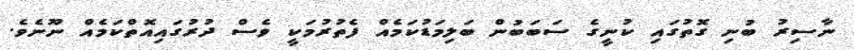
ނާސިރު ބުނި ގޮތުގައި ކުނީގެ ސަބަބުން ބަލިމަޑުކަމެއް ފެތުރުމަކީ ވެސް ދުރުގައިއޮތްކަމެއް ނޫނެވެ.